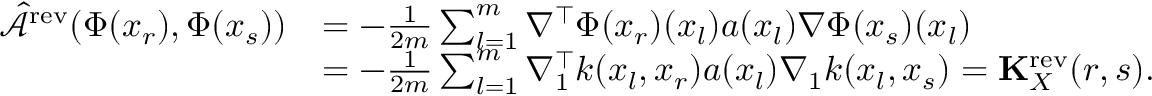
\begin{array} { r l } { \hat { \mathcal { A } } ^ { \mathrm { r e v } } ( \Phi ( x _ { r } ) , \Phi ( x _ { s } ) ) } & { = - \frac { 1 } { 2 m } \sum _ { l = 1 } ^ { m } \nabla ^ { \top } \Phi ( x _ { r } ) ( x _ { l } ) a ( x _ { l } ) \nabla \Phi ( x _ { s } ) ( x _ { l } ) } \\ & { = - \frac { 1 } { 2 m } \sum _ { l = 1 } ^ { m } \nabla _ { 1 } ^ { \top } k ( x _ { l } , x _ { r } ) a ( x _ { l } ) \nabla _ { 1 } k ( x _ { l } , x _ { s } ) = \mathbf { K } _ { X } ^ { \mathrm { r e v } } ( r , s ) . } \end{array}